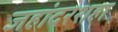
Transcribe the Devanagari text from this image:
जहांदरशहा